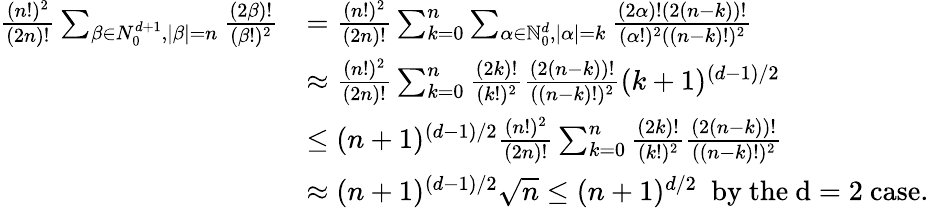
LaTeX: \begin{array}{rl}{\frac{(n!)^{2}}{(2n)!}\sum_{\beta\in N_{0}^{d+1},|\beta|=n}\frac{(2\beta)!}{(\beta!)^{2}}}&{=\frac{(n!)^{2}}{(2n)!}\sum_{k=0}^{n}\sum_{\alpha\in\mathbb{N}_{0}^{d},|\alpha|=k}\frac{(2\alpha)!(2(n-k))!}{(\alpha!)^{2}((n-k)!)^{2}}}\\ &{\approx\frac{(n!)^{2}}{(2n)!}\sum_{k=0}^{n}\frac{(2k)!}{(k!)^{2}}\frac{(2(n-k))!}{((n-k)!)^{2}}(k+1)^{(d-1)/2}}\\ &{\le(n+1)^{(d-1)/2}\frac{(n!)^{2}}{(2n)!}\sum_{k=0}^{n}\frac{(2k)!}{(k!)^{2}}\frac{(2(n-k))!}{((n-k)!)^{2}}}\\ &{\approx(n+1)^{(d-1)/2}\sqrt{n}\le(n+1)^{d/2}\ \ \mathrm{by~the~d=2~case.}}\end{array}